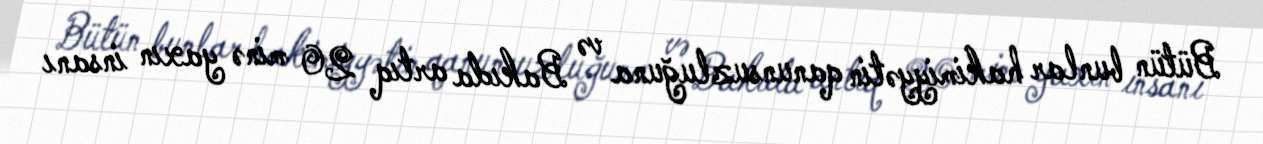
Bütün bunlar hakimiyyətin qanunsuzluğuna və Bakıda artıq 20 minə yaxın insanı